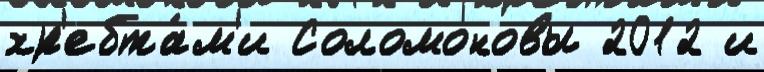
хр'ебта́м'и Соломоновы 2012 и